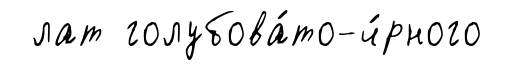
лат голубова́то-ч́рного